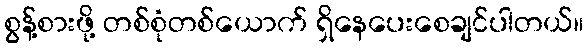
စွန့်စားဖို့ တစ်စုံတစ်ယောက် ရှိနေပေးစေချင်ပါတယ်။